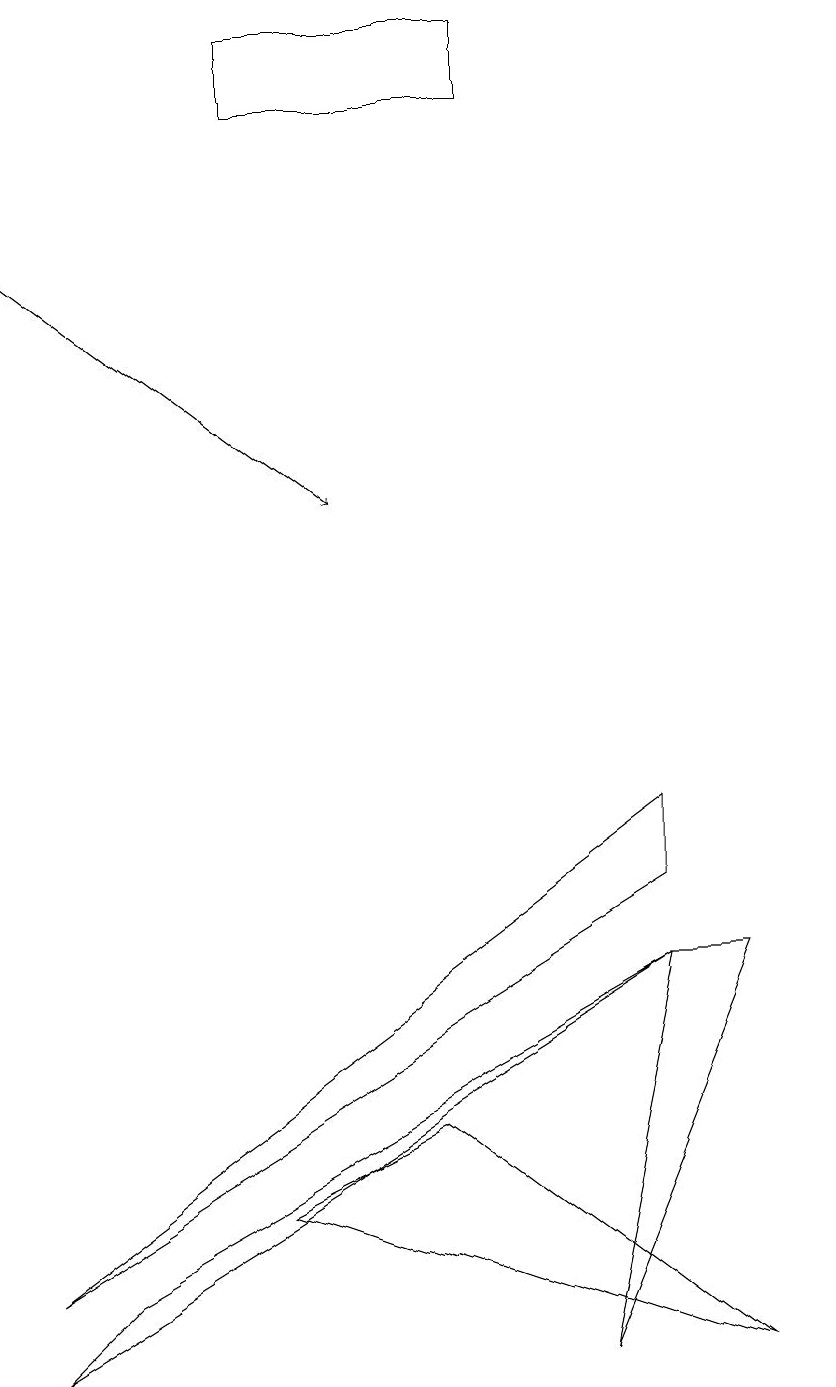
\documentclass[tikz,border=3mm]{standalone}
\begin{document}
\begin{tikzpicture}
\draw (7,1) -- (9,6) -- (8,6) -- cycle;
\draw (10,10) circle (0);
\draw[->] (0,15) -- (4,12);
\draw (6,18) rectangle (3,17);
\draw (3,3) -- (9,1) -- (5,4) -- cycle;
\draw (8,6) -- (0,1) -- (1,2) -- cycle;
\draw (8,7) -- (0,2) -- (8,8) -- cycle;
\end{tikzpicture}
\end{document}